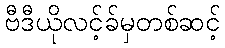
ဗီဒီယိုလင့်ခ်မှတစ်ဆင့်